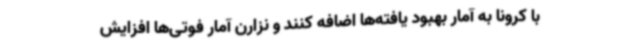
با کرونا به آمار بهبود یافته‌ها اضافه کنند و نزارن آمار فوتی‌ها افزایش